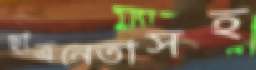
ছাত্রনেতাসহ